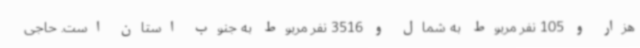
هزار و 105 نفر مربوط به شمال و 3516 نفر مربوط به جنوب استان است. حاجی